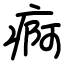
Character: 痾